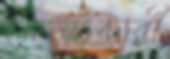
মেহনৎকারী